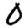
Digit: 0